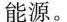
能源。